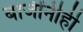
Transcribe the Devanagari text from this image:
बाजींनीही